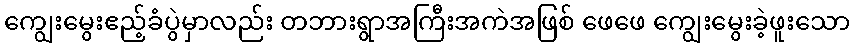
ကျွေးမွေးဧည့်ခံပွဲမှာလည်း တဘားရွာအကြီးအကဲအဖြစ် ဖေဖေ ကျွေးမွေးခဲ့ဖူးသော